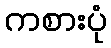
ကစားပုံ